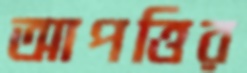
আপত্তির